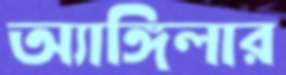
অ্যাঙ্গিলার